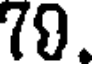
(0.